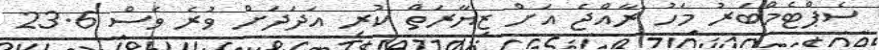
ސެޕްޓެމްބަރު މަހު ރާއްޖެ އަށް ޒިޔާރަތް ކުރި އަދަދަށް ވުރެ ވެސް 23.6